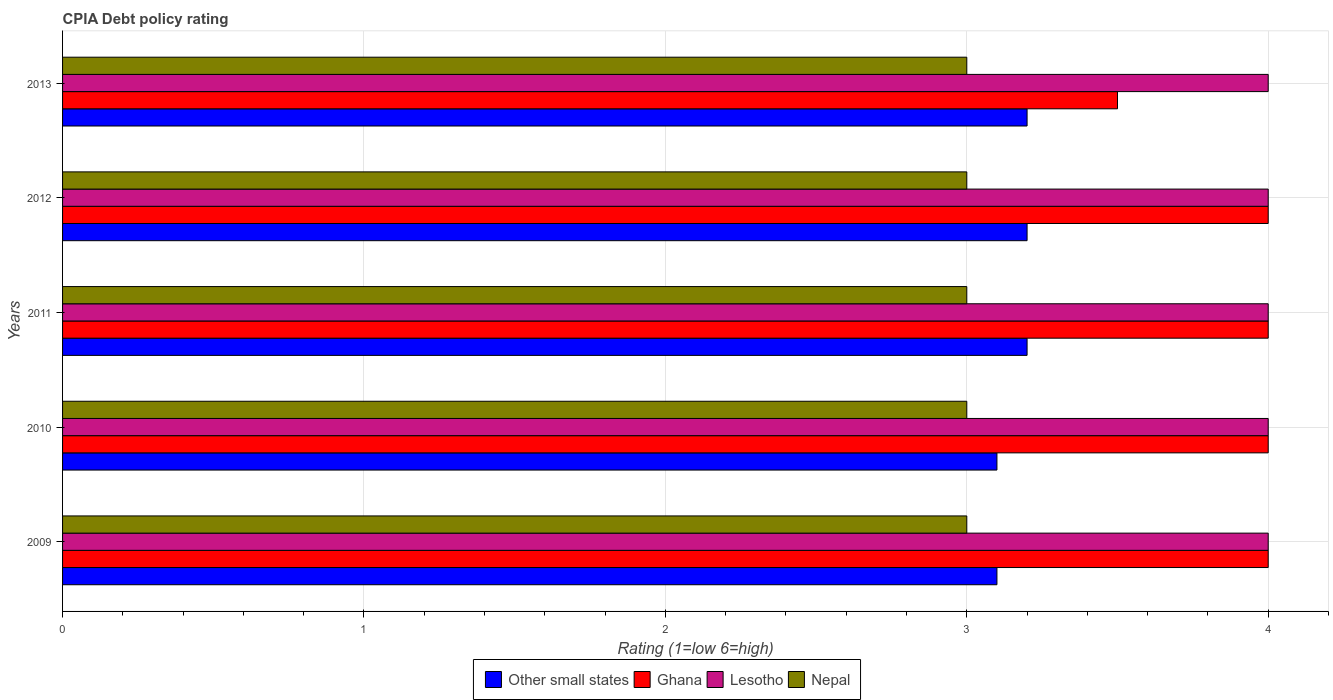
| Years | Other small states | Ghana | Lesotho | Nepal |
 | --- | --- | --- | --- | --- |
 | 2009 | 3.1 | 4 | 4 | 3 |
 | 2010 | 3.1 | 4 | 4 | 3 |
 | 2011 | 3.2 | 4 | 4 | 3 |
 | 2012 | 3.2 | 4 | 4 | 3 |
 | 2013 | 3.2 | 3.5 | 4 | 3 |